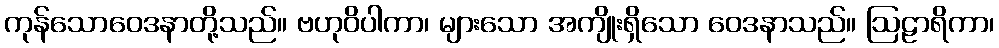
ကုန်သောဝေဒနာတို့သည်။ ဗဟုဝိပါကာ၊ များသော အကျိုးရှိသော ဝေဒနာသည်။ ဩဠာရိကာ၊